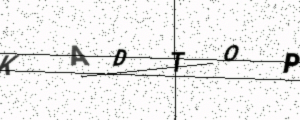
Text: KADTOP